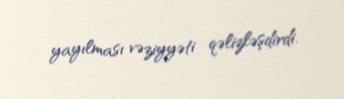
yayılması vəziyyəti qəlizləşdirdi.